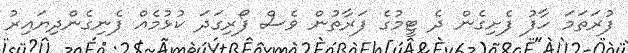
ފުރަތަމަ ހާފު ފެށިގެން ދެ ޓީމުގެ ފަރާތުން ވެސް ފޯރިގަދަ ކުޅުމެއް ފެނިގެންދިޔައިރު